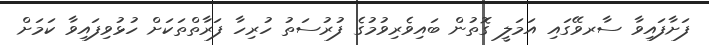
ފަށާފައިވާ ސާރވޭގައި އަމަލީ ގޮތުން ބައިވެރިވުމުގެ ފުރުސަތު ހުރިހާ ފަރާތްތަކަށް ހުޅުވިފައިވާ ކަމަށް